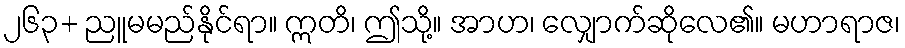
၂၆၃+ ညူမမည်နိုင်ရာ။ ဣတိ၊ ဤသို့။ အာဟ၊ လျှောက်ဆိုလေ၏။ မဟာရာဇ၊